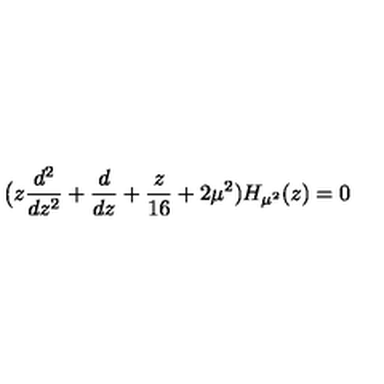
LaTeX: \bigl ( z { \frac { d ^ { 2 } } { d z ^ { 2 } } } + { \frac { d } { d z } } + { \frac { z } { 1 6 } } + 2 \mu ^ { 2 } ) H _ { \mu ^ { 2 } } ( z ) = 0